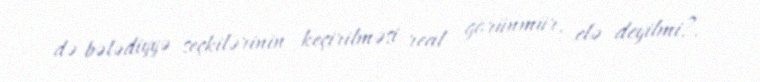
də bələdiyyə seçkilərinin keçirilməsi real görünmür, elə deyilmi?.